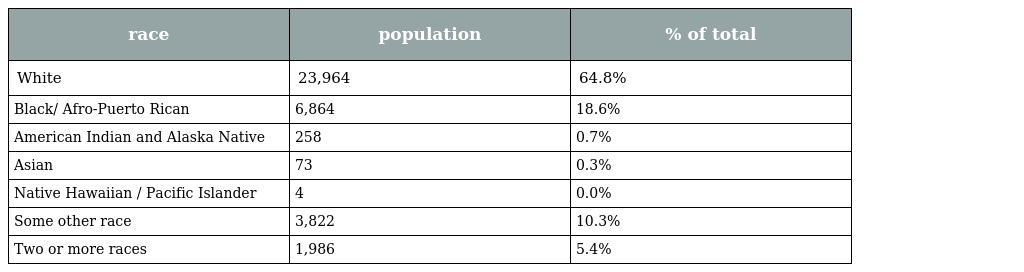
| race | population | % of total |
 | --- | --- | --- |
 | White | 23,964 | 64.8% |
 | Black/ Afro-Puerto Rican | 6,864 | 18.6% |
 | American Indian and Alaska Native | 258 | 0.7% |
 | Asian | 73 | 0.3% |
 | Native Hawaiian / Pacific Islander | 4 | 0.0% |
 | Some other race | 3,822 | 10.3% |
 | Two or more races | 1,986 | 5.4% |